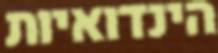
הינדואיות